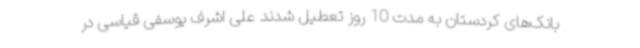
بانک‌های کردستان به مدت 10 روز تعطیل ‌شدند علی اشرف یوسفی قیاسی در